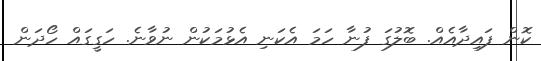
ކޮން ފައިދާއެއް. ބޮލުގަ ފުނާ ހަމަ އެކަނި އެޅުމަކުން ނުވާނެ. ހަގީގައް ހޯދަން